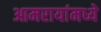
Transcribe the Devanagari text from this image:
आमरायांमध्ये